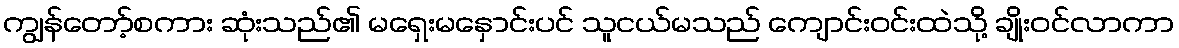
ကျွန်တော့်စကား ဆုံးသည်၏ မရှေးမနှောင်းပင် သူငယ်မသည် ကျောင်းဝင်းထဲသို့ ချိုးဝင်လာကာ